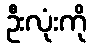
ဦးလုံးကို